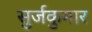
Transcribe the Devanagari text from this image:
सुर्जकुमार